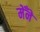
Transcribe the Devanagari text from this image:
मेँने